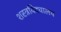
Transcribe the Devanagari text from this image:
शस्त्रविद्यालय